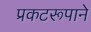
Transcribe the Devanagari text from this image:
प्रकटरूपाने